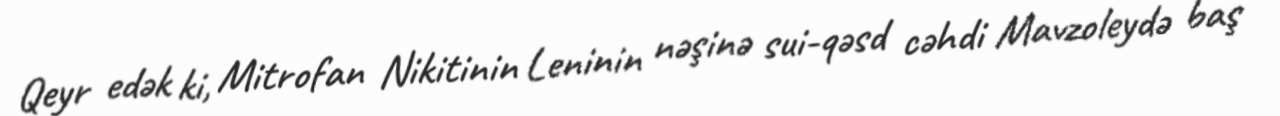
Qeyr edək ki, Mitrofan Nikitinin Leninin nəşinə sui-qəsd cəhdi Mavzoleydə baş